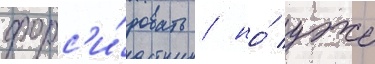
форс'и́ровать / но́ уже